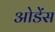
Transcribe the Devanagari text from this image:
ओडेंस